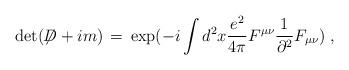
\begin{align*}\det ( \not \!\! D + i m ) \,=\, \exp ( - i \int d^2 x\frac{e^2}{4 \pi}F^{\mu \nu} \frac{1}{\partial^2} F_{\mu \nu} ) \;,\end{align*}